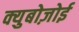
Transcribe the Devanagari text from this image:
क्युबोज़ोई